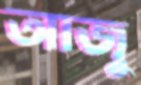
আজু